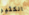
الكثير